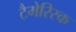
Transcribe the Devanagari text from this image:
टैमेरिस्क